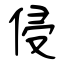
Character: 侵